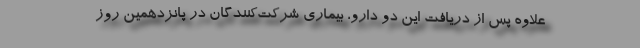
علاوه پس از دریافت این دو دارو، بیماری شرکت‌کنندگان در پانزدهمین روز